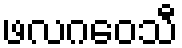
ဖလဂဝေသီ